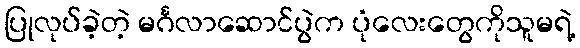
ပြုလုပ်ခဲ့တဲ့ မင်္ဂလာဆောင်ပွဲက ပုံလေးတွေကိုသူမရဲ့